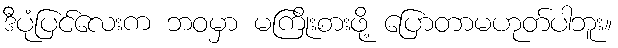
ဒီပုံပြင်လေးက ဘဝမှာ မကြိုးစားဖို့ ပြောတာမဟုတ်ပါဘူး။